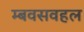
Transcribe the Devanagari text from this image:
म्बवसवहल